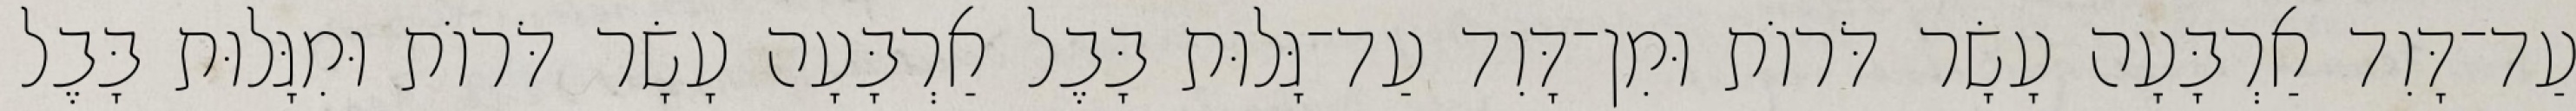
עַד־דָּוִד אַרְבָּעָה עָשָׂר דֹּרוֹת וּמִן־דָּוִד עַד־גָּלוּת בָּבֶל אַרְבָּעָה עָשָׂר דֹּרוֹת וּמִגָּלוּת בָּבֶל